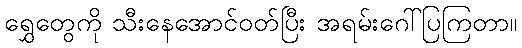
ရွှေတွေကို သီးနေအောင်ဝတ်ပြီး အရမ်းဂေါ်ပြကြတာ။